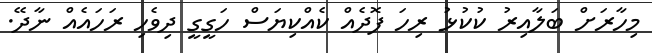
މިހާރަށް ބަލާއިރު ކުކުޅު ރިހަ ފޮދެއް ކެއްކިޔަސް ހަގީގީ ދިވެހި ރަހައެއް ނާދޭ.